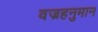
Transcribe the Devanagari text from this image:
वज्रहनुमान